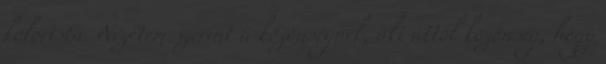
kolorista. Nézetem szerint a közönségnek, aki attól közönség, hogy